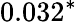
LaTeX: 0.032^{*}